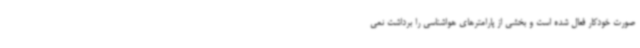
صورت خودکار فعال شده است و بخشی از پارامترهای هواشناسی را برداشت نمی